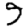
Digit: 9